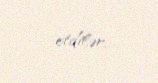
etdilər.